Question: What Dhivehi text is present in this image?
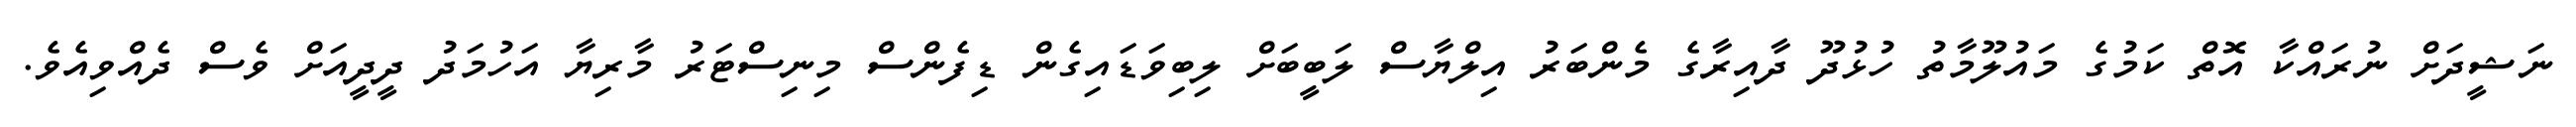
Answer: ނަޝީދަށް ނުރައްކާ އޮތް ކަމުގެ މައުލޫމާތު ހުޅުދޫ ދާއިރާގެ މެންބަރު އިލްޔާސް ލަބީބަށް ލިބިވަޑައިގެން ޑިފެންސް މިނިސްޓަރު މާރިޔާ އަހުމަދު ދީދީއަށް ވެސް ދެއްވިއެވެ.